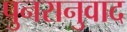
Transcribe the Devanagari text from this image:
पुनरानुवाद